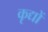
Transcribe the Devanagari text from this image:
कृद्यों